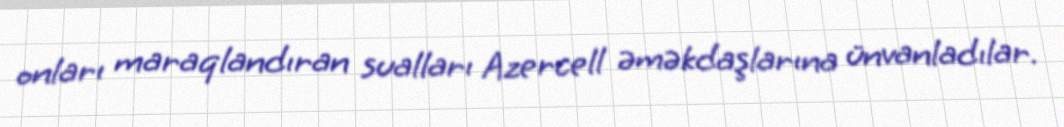
onları maraqlandıran sualları Azercell əməkdaşlarına ünvanladılar.